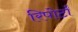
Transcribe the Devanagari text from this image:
रिपोर्टां